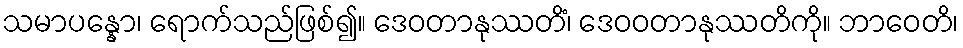
သမာပန္နော၊ ရောက်သည်ဖြစ်၍။ ဒေဝတာနုဿတိံ၊ ဒေဝဝတာနုဿတိကို။ ဘာဝေတိ၊